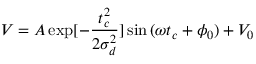
V = A \exp [ - \frac { t _ { c } ^ { 2 } } { 2 \sigma _ { d } ^ { 2 } } ] \sin { ( \omega t _ { c } + \phi _ { 0 } ) } + V _ { 0 }